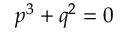
p ^ { 3 } + q ^ { 2 } = 0